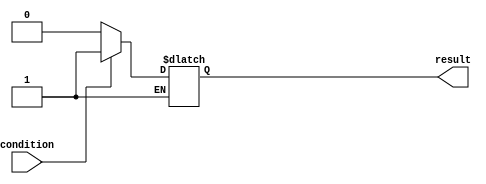
module if_else_with_negation (
    input wire condition,
    output reg result
);

always @(*) begin
    if (condition) begin
        // Block of code to be executed if condition is true
        result = 1;
    end else if (~condition) begin
        // Block of code to be executed if negation of condition is true
        result = 0;
    end
end

endmodule